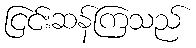
ငြင်းဆန်ကြသည်